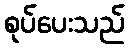
စုပ်ပေးသည်